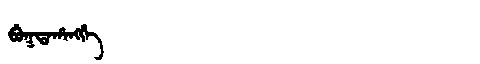
Manchu: ᠪᡠᡴᡨᠠᡥᠠᠩᡤᡝ
Romanization: BUKTAHANGGE